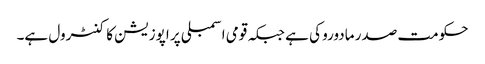
حکومت صدر مادورو کی ہے جبکہ قومی اسمبلی پر اپوزیشن کا کنٹرول ہے۔